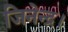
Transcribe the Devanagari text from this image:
जिनेन्द्र।